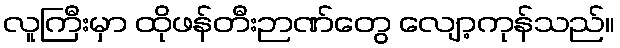
လူကြီးမှာ ထိုဖန်တီးဉာဏ်တွေ လျော့ကုန်သည်။